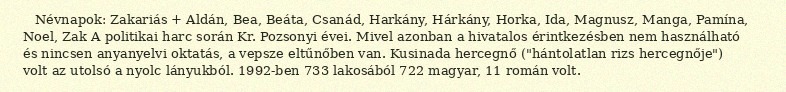
Névnapok: Zakariás + Aldán, Bea, Beáta, Csanád, Harkány, Hárkány, Horka, Ida, Magnusz, Manga, Pamína, Noel, Zak A politikai harc során Kr. Pozsonyi évei. Mivel azonban a hivatalos érintkezésben nem használható és nincsen anyanyelvi oktatás, a vepsze eltűnőben van. Kusinada hercegnő ("hántolatlan rizs hercegnője") volt az utolsó a nyolc lányukból. 1992-ben 733 lakosából 722 magyar, 11 román volt.